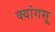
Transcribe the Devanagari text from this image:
क्यांगसू